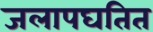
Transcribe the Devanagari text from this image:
जलापघतित